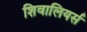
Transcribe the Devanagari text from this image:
शिवालियर्स